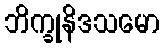
ဘိက္ခုနိဒသမော